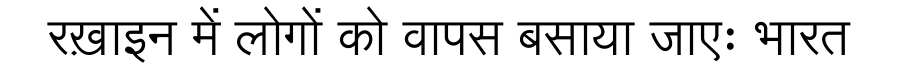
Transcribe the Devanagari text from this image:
रख़ाइन में लोगों को वापस बसाया जाएः भारत